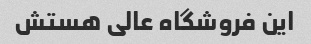
این فروشگاه عالی هستش